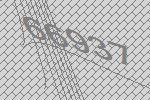
66937